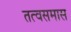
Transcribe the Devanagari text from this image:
तत्वसमास